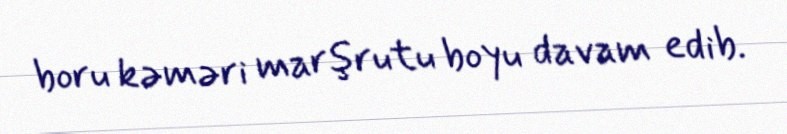
boru kəməri marşrutu boyu davam edib.